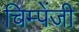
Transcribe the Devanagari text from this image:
चिम्पेंजी